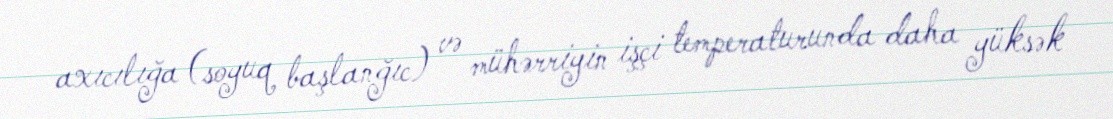
axıcılığa (soyuq başlanğıc) və mühərriyin işçi temperaturunda daha yüksək